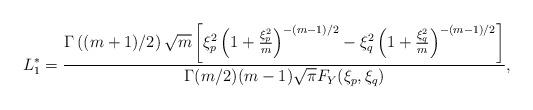
LaTeX: \begin{align*} L_{1}^{\ast}=\frac{\Gamma\left((m+1)/2\right)\sqrt{m}\left[\xi_{p}^{2}\left(1+\frac{\xi_{p}^{2}}{m}\right)^{-(m-1)/2}-\xi_{q}^{2}\left(1+\frac{\xi_{q}^{2}}{m}\right)^{-(m-1)/2}\right]}{\Gamma(m/2)(m-1)\sqrt{\pi}F_{Y}(\xi_{p},\xi_{q})},\end{align*}